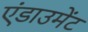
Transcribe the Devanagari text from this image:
एंडाउमेंट